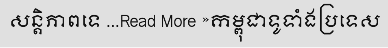
សន្តិភាពទេ ...Read More »កម្ពុជាទូទាំងប្រទេស